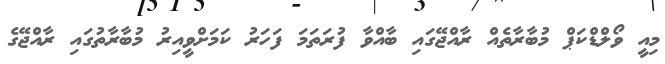
މިއީ ވޯލްޑްކަޕް މުބާރާތެއް ރާއްޖޭގައި ބާއްވާ ފުރަތަމަ ފަހަރު ކަމަށްވީއިރު މުބާރާތުގައި ރާއްޖޭގެ